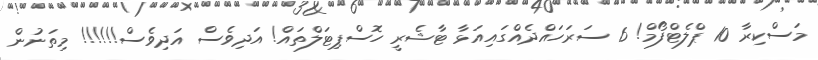
މަސްކިރާ 10 ޕްލެޓްފޯމް! 6 ސަރަހައްދެއްގައިއަޅާ ޓާޝެރީ ހޮސްޕިޓަލްތައް! އަދިވެސް އަދިވެސް!!!!!! މިތަނުން